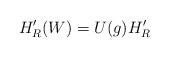
LaTeX: \begin{align*}H_{R}^{\prime }(W)=U(g)H_{R}^{\prime }\end{align*}